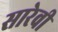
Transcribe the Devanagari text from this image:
सारेवी